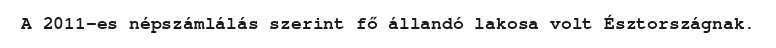
A 2011-es népszámlálás szerint fő állandó lakosa volt Észtországnak.